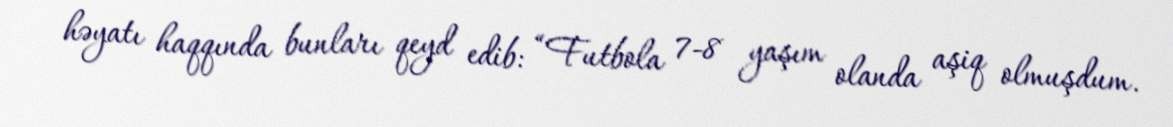
həyatı haqqında bunları qeyd edib: “Futbola 7-8 yaşım olanda aşiq olmuşdum.